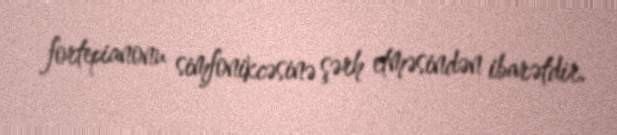
fortepianonu simfonikcəsinə şərh etməsindən ibarətdir.